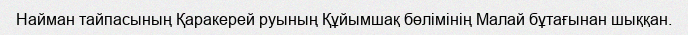
Найман тайпасының Қаракерей руының Құйымшақ бөлімінің Малай бұтағынан шыққан.